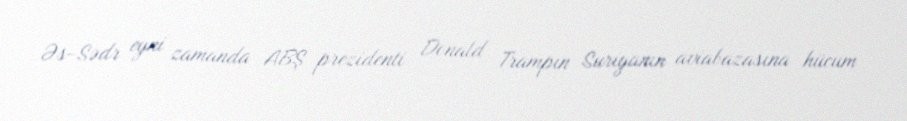
Əs-Sədr eyni zamanda ABŞ prezidenti Donald Trampın Suriyanın aviabazasına hücum